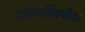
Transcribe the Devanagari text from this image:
त्यांच्याविषयीचा